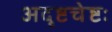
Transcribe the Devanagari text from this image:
अदृष्टचेष्टः